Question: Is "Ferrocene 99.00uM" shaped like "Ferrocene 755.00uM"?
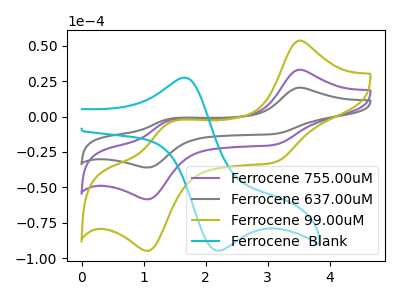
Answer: <think>The purple curve "Ferrocene 755.00uM" has anodic peaks at (3.50V, 32.95uA) (1.45V, -2.60uA) and cathodic peaks at (3.10V, -19.80uA) (1.10V, -58.35uA). The gray curve "Ferrocene 637.00uM" has anodic peaks at (3.50V, 65.90uA) (1.45V, -5.20uA) and cathodic peaks at (3.10V, -39.65uA) (1.10V, -116.70uA). The olive curve "Ferrocene 99.00uM" has anodic peaks at (3.50V, 53.45uA) (1.45V, -4.20uA) and cathodic peaks at (3.10V, -32.15uA) (1.10V, -94.65uA). The cyan curve "Ferrocene  Blank" has an anodic peak at (1.65V, 27.35uA) and a cathodic peak at (2.25V, -94.55uA).
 All the peaks in "Ferrocene 99.00uM" have a peak in "Ferrocene 755.00uM" at the same potential.</think>
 <answer>"Ferrocene 99.00uM" and "Ferrocene 755.00uM" are similar in shape.</answer>
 <eval>same_shape</eval>